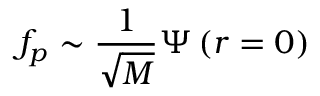
f _ { p } \sim \frac 1 { \sqrt { M } } \Psi \left( r = 0 \right)